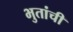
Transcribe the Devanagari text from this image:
भुतांची